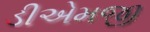
ડીએમજી